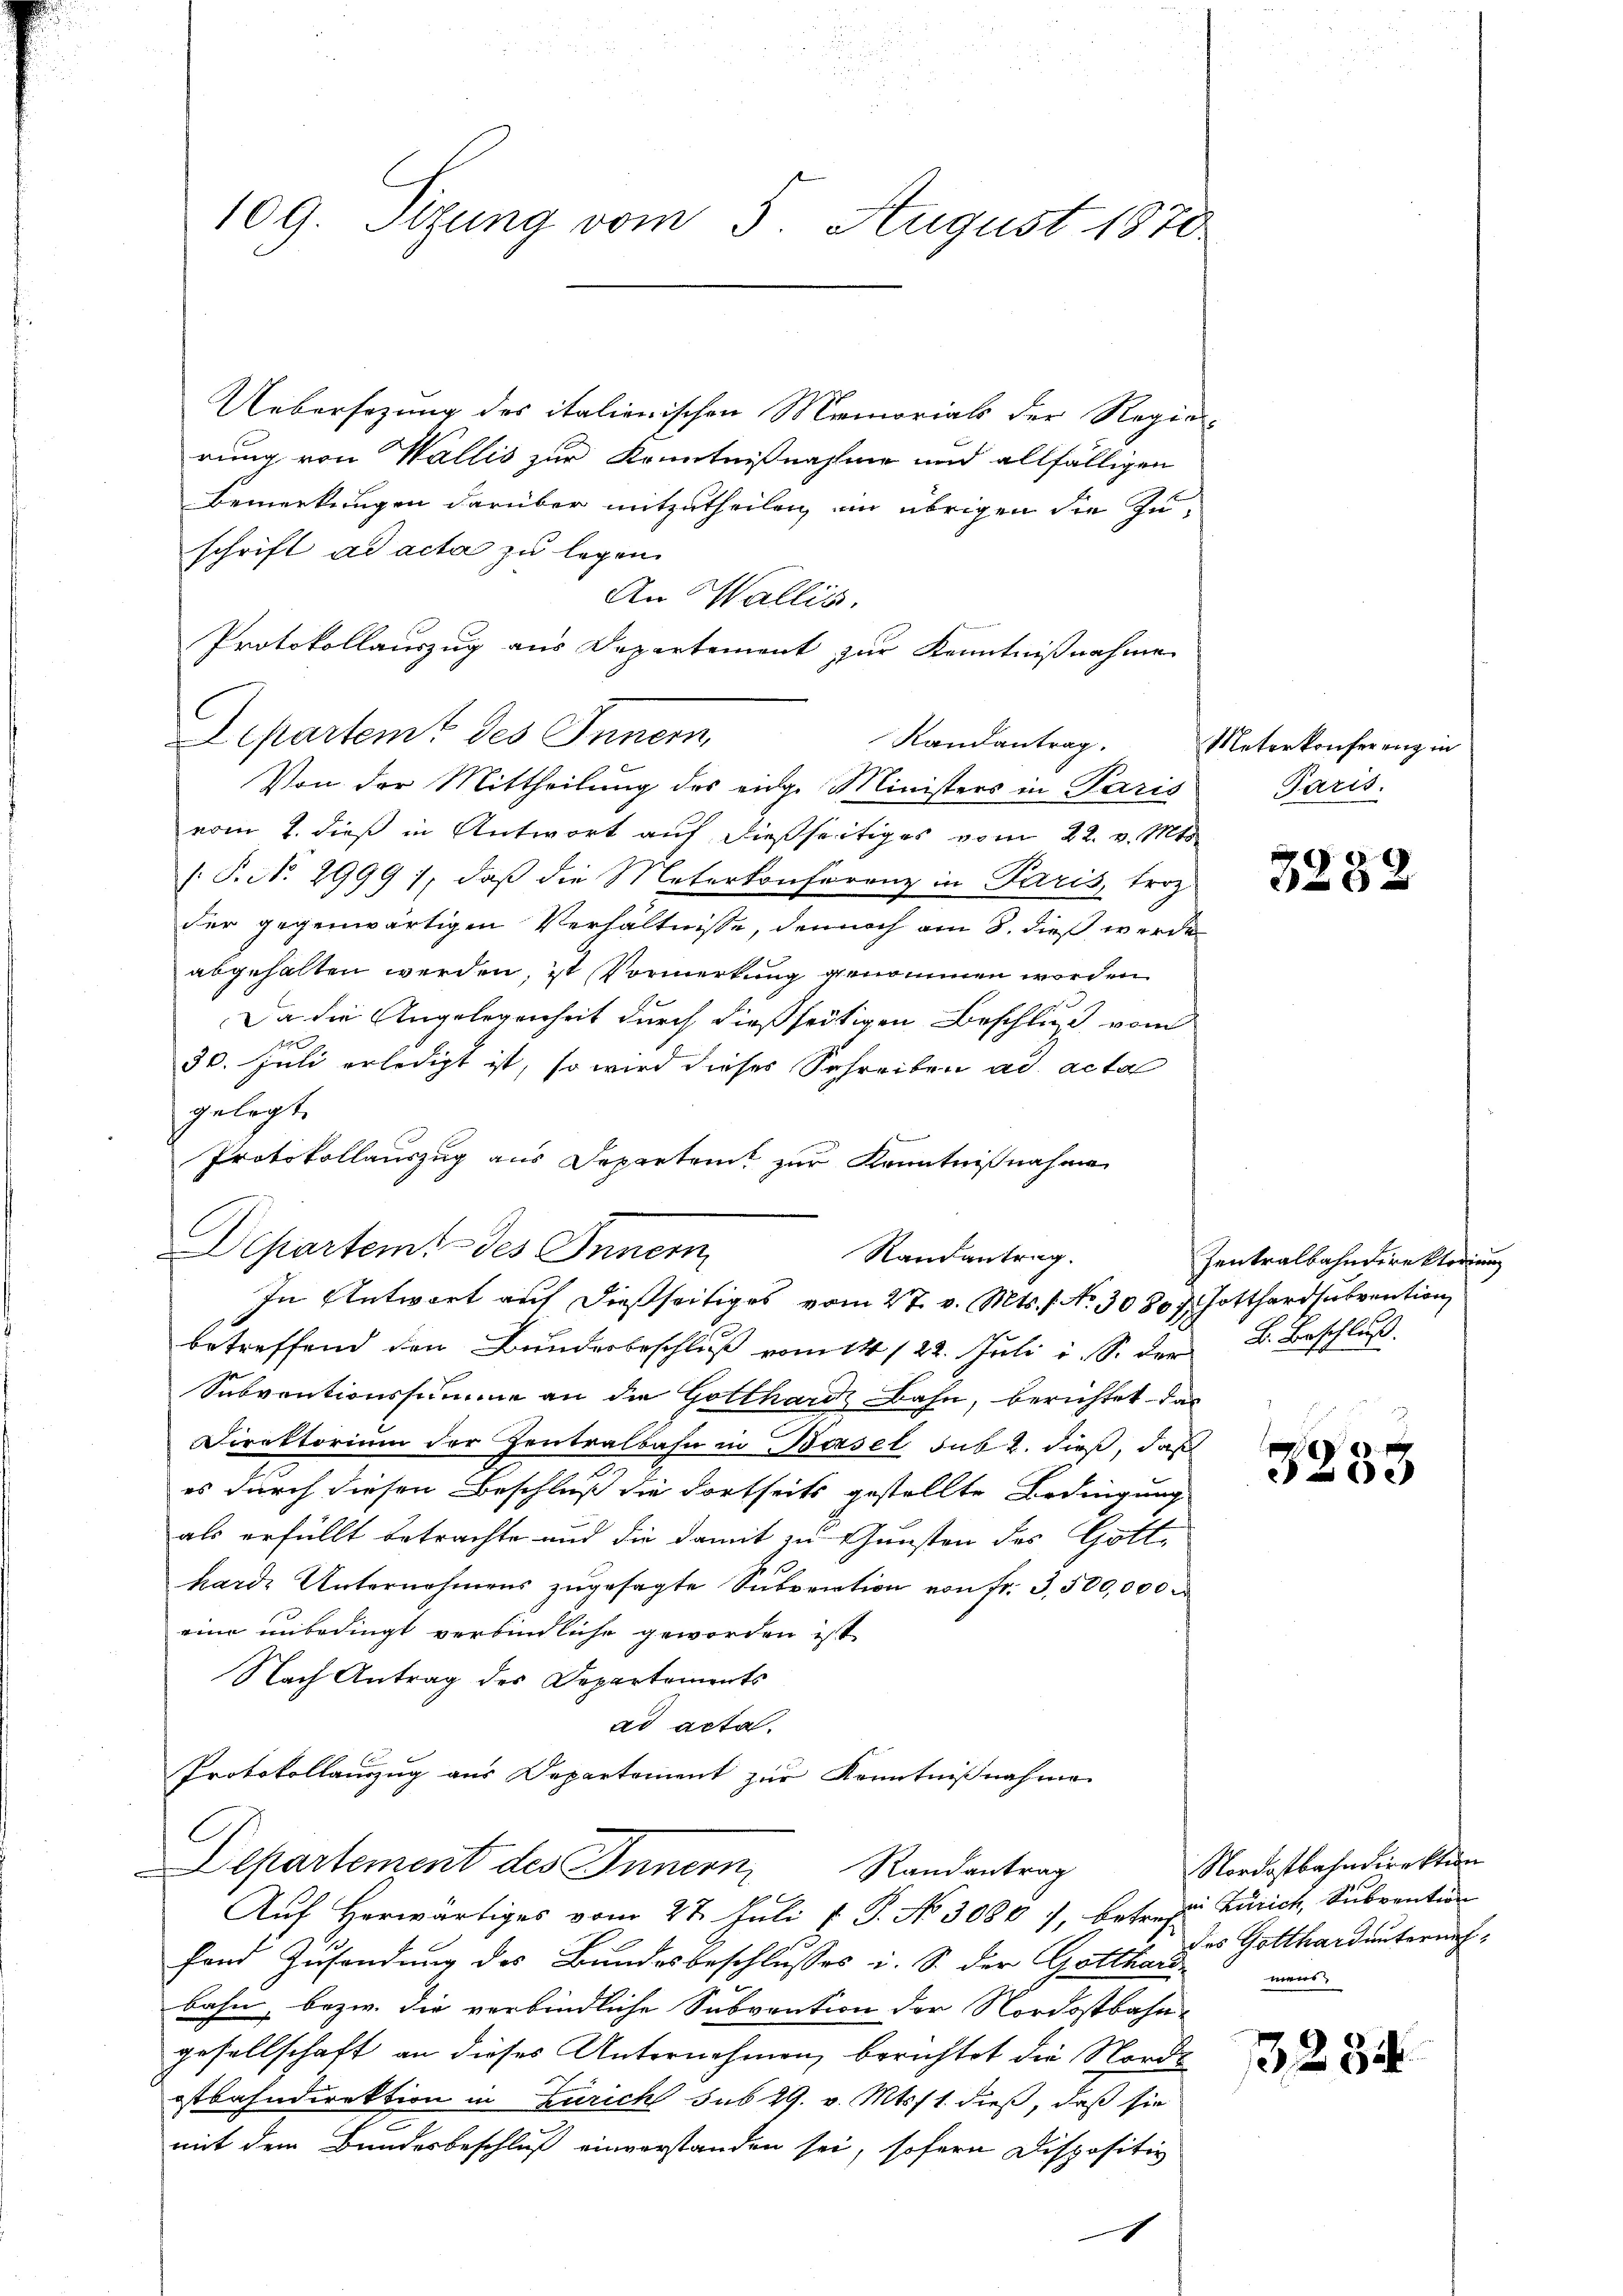
109. Sizung vom 5. August 1870

Uebersezung des italienischen Memorials der Regierung von Wallis zur Kenntnißnahme und allfälligen
Bemerkungen darüber mitzutheilen im übrigen die Zu-
schrift ad acta zu legen.
An Wallis.
Protokollauszug aus Departement zur Kenntnißnahme
C
Departeme des Innern,
Randantrag.
Von der Mittheilung des eidge Ministers in Paris
vom 2. dieß in Antwort auf dießseitiges vom 22. v. Mts
/. P. No. 2999), daß die Meterkonferenz in Paris, troz
der gegenwärtigen Verhältnisse, dennoch am 8. dieß werde
abgehalten werden, ist Vormerkung genommen worden
Da die Angelegenheit durch dießseitigen Beschluß vom
30. Juli erledigt ist, so wird dieses Schreiben ad acta
gelegt.
Protokollauszug aus Departen zur Kenntnißnahme
Departem des Innern
Randantrag.
In Antwort auf dießseitiges vom 27. v. Mts. 1. No. 3080 f. Gotthardsubvention
E
betreffend den Bunderbeschluß vom 14/22. Juli d. S. der B. Beschluß
Subventionssumme an die Gotthard Bahn, berichtet das
Direktorium der Zentralbahn in Bersel sub 2. dieß, daß
es durch diesen Beschluß die dortseits gestellte Bedingung
als erfüllt betrachte und die damit zu Gunsten des Gottharde Unternahmens zŭgesagte Sŭbvention von fr. 3,500,000
eine unbedingt verbindliche geworden ist
Nach Antrag des Departements
ad acta.
Protokollauszug aus Departement zur Kenntnißnahme
Departement des Innern,
Randantrag

Auf Herwärtiges vom 27. Juli P. P. No. 3080), betref-
fond Zusendung des Bundesbeschlusses i. S. der Gotthaubahn, bezw. die verbindliche Subvention der Nordostbahn-
gesellschaft an dieses Unternehmen, berichtet die Norde
ostbahndirektion in Zürich sub 29. v. Mts. 1. dieß, daß sie
mit dem Bundesbeschluß einverstanden sei, sofern Dispositiv

Meterkonferenz in
Paris.

3282

Zentralbahndere Klodiung

3235

Nordostbahndirektion
in Zürich, Subvention
des Gotthard unter auf
mens

1254